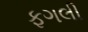
ફગલી